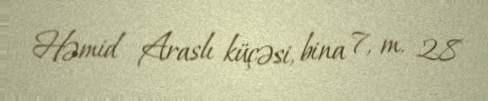
Həmid Araslı küçəsi, bina 7, m. 28